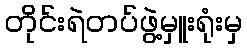
တိုင်းရဲတပ်ဖွဲ့မှူးရုံးမှ